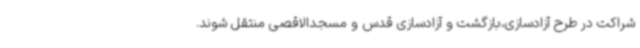
شراکت در طرح آزادسازی،بازگشت و آزادسازی قدس و مسجدالاقصی منتقل شوند.